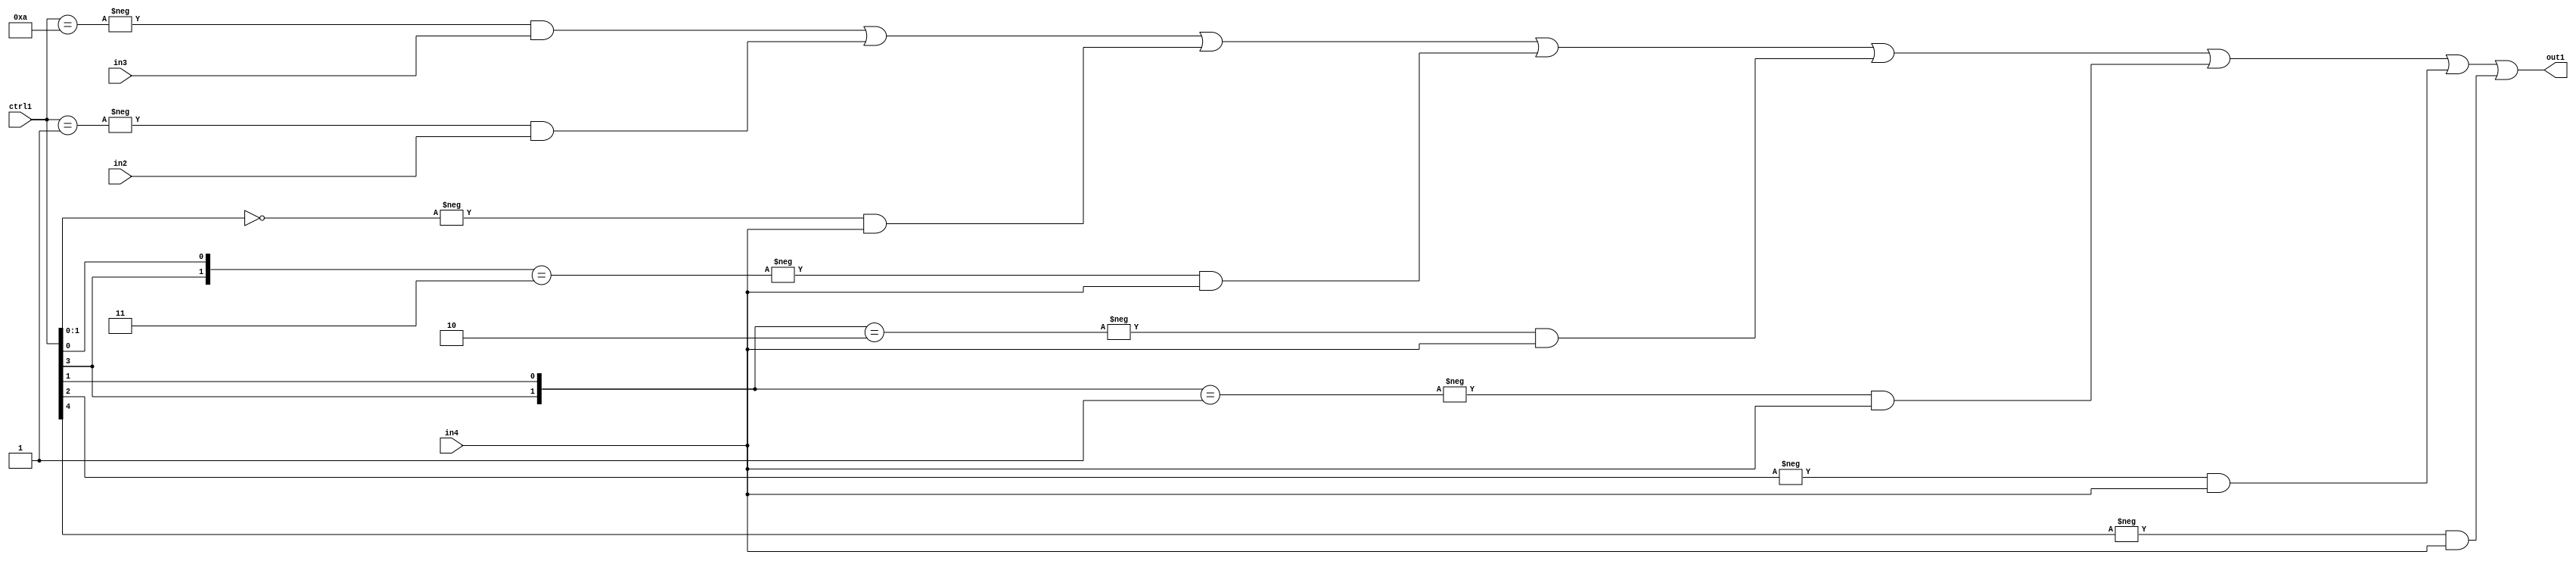
`timescale 1ps / 1ps
/*****************************************************************************
    Verilog RTL Description
    
    
    Created by: Stratus DpOpt 21.05.01 
*******************************************************************************/

module SobelFilter_N_Mux_20_3_21_1 (
	in4,
	in3,
	in2,
	ctrl1,
	out1
	); /* architecture "behavioural" */ 
input [19:0] in4,
	in3,
	in2;
input [4:0] ctrl1;
output [19:0] out1;
wire [19:0] asc001;

assign asc001 = 
	-{ctrl1 == 5'B01010} & in3 |
	-{ctrl1 == 5'B00001} & in2 |
	-{ctrl1[1:0] == 2'B00} & in4 |
	-{{ctrl1[3], ctrl1[0]} == 2'B11} & in4 |
	-{{ctrl1[3], ctrl1[1]} == 2'B10} & in4 |
	-{{ctrl1[3], ctrl1[1]} == 2'B01} & in4 |
	-{ctrl1[2] == 1'B1} & in4 |
	-{ctrl1[4] == 1'B1} & in4 ;

assign out1 = asc001;
endmodule

/* CADENCE  vrD5TQg= : u9/ySxbfrwZIxEzHVQQV8Q== ** DO NOT EDIT THIS LINE ******/